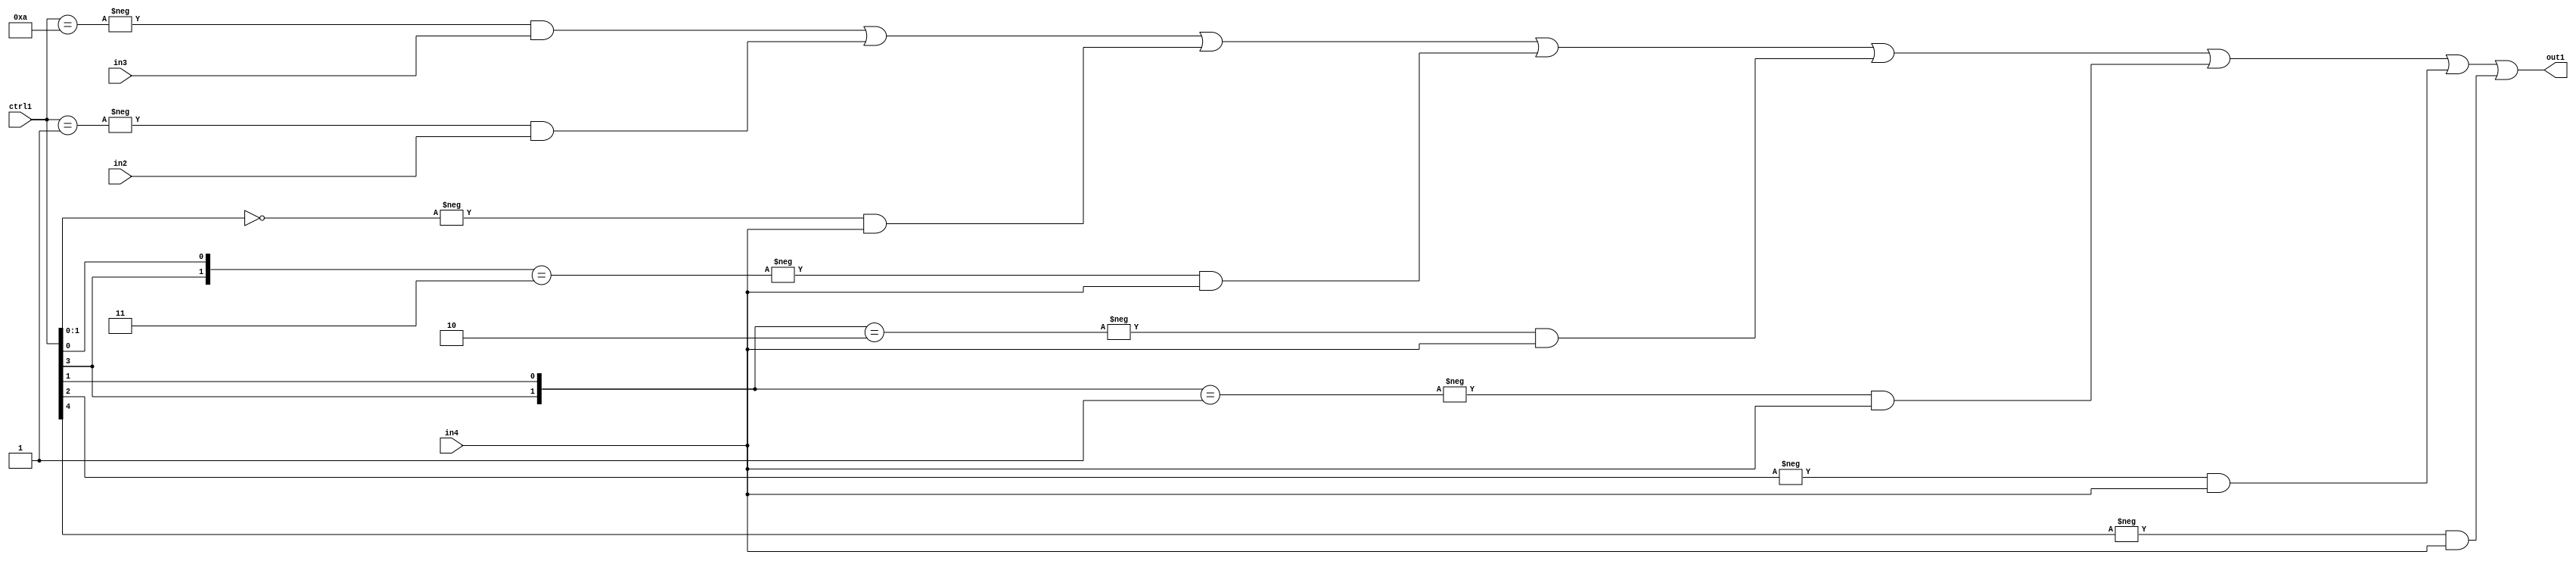
`timescale 1ps / 1ps
/*****************************************************************************
    Verilog RTL Description
    
    
    Created by: Stratus DpOpt 21.05.01 
*******************************************************************************/

module SobelFilter_N_Mux_20_3_21_1 (
	in4,
	in3,
	in2,
	ctrl1,
	out1
	); /* architecture "behavioural" */ 
input [19:0] in4,
	in3,
	in2;
input [4:0] ctrl1;
output [19:0] out1;
wire [19:0] asc001;

assign asc001 = 
	-{ctrl1 == 5'B01010} & in3 |
	-{ctrl1 == 5'B00001} & in2 |
	-{ctrl1[1:0] == 2'B00} & in4 |
	-{{ctrl1[3], ctrl1[0]} == 2'B11} & in4 |
	-{{ctrl1[3], ctrl1[1]} == 2'B10} & in4 |
	-{{ctrl1[3], ctrl1[1]} == 2'B01} & in4 |
	-{ctrl1[2] == 1'B1} & in4 |
	-{ctrl1[4] == 1'B1} & in4 ;

assign out1 = asc001;
endmodule

/* CADENCE  vrD5TQg= : u9/ySxbfrwZIxEzHVQQV8Q== ** DO NOT EDIT THIS LINE ******/